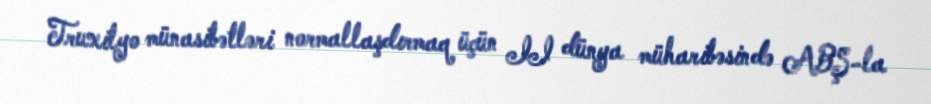
Truxilyo münasibətləri normallaşdırmaq üçün II dünya müharibəsində ABŞ-la